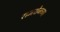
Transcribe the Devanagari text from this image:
रामशेजच्या